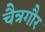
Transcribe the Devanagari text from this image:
चैत्रगौर